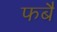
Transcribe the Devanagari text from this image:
फबै